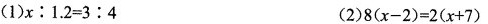
(1)$$x ： 1 . 2 = 3 : 4$ (2)$$8 ( x - 2 ) = 2 ( x + 7 )$$